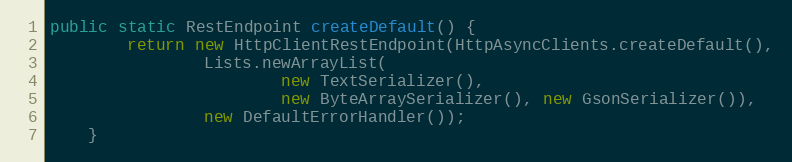
Language: Java
public static RestEndpoint createDefault() {
        return new HttpClientRestEndpoint(HttpAsyncClients.createDefault(),
                Lists.newArrayList(
                        new TextSerializer(),
                        new ByteArraySerializer(), new GsonSerializer()),
                new DefaultErrorHandler());
    }